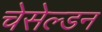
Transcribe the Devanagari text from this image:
चेसेल्डन